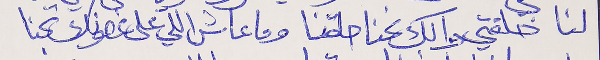
لنا خلقتي والك نحنا حلقنا      وما عاش اللي على غصونك تجنا